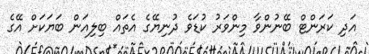
އަދި ކަރަންޓް ބޭނުންވާ މިންވަރު ކުޑަވެ ދުނިޔޭގެ އެތައް ބިލިއަން ބަޔަކަށް އޭގެ